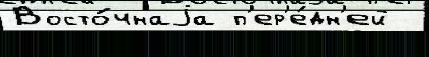
Восто́чнаjа п'ер'е́дн'ей